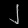
Digit: ၂